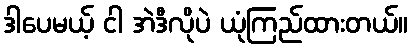
ဒါပေမယ့် ငါ အဲဒီလိုပဲ ယုံကြည်ထားတယ်။